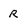
Character: R